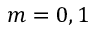
m = 0 , 1